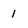
Character: 1